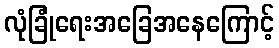
လုံခြုံရေးအခြေအနေကြောင့်